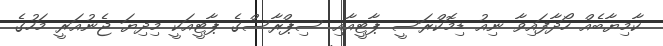
ކާމިޔާބެއް ހޯދާފައިވާ ނިއު ޑިމޮކްރަސީ ޕާޓީއާއި ސިޕްރާސްގެ ޕާޓީއަކީ މިދިޔަ ޖެނުއަރީ މަހުގެ